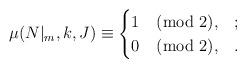
LaTeX: \begin{align*}\mu(N|_{m},k,J)\equiv\begin{cases}1 \pmod2, & ; \\0 \pmod2, & . \\\end{cases}\end{align*}